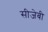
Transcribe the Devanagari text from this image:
सीजेबी